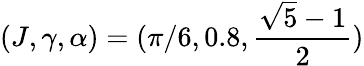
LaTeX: (J,\gamma,\alpha)=(\pi/6,0.8,\frac{\sqrt{5}-1}{2})